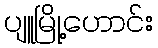
ပျူမြို့ဟောင်း